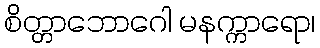
စိတ္တာဘောဂေါ မနက္ကာရော၊